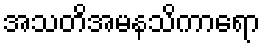
အသတိအမနသိကာရော